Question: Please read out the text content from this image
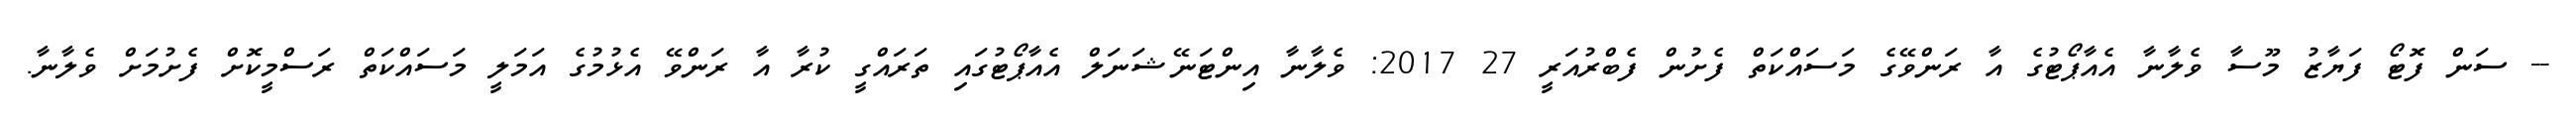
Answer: -- ސަން ފޮޓޯ ފަޔާޒު މޫސާ ވެލާނާ އެއާޕޯޓުގެ އާ ރަންވޭގެ މަސައްކަތް ފެށުން ފެބްރުއަރީ 27 2017: ވެލާނާ އިންޓަނޭޝަނަލް އެއާޕޯޓުގައި ތަރައްގީ ކުރާ އާ ރަންވޭ އެޅުމުގެ އަމަލީ މަސައްކަތް ރަސްމީކޮށް ފެށުމަށް ވެލާނާ.